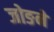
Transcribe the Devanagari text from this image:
जोङने